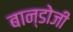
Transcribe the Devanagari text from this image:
बान्डोजी